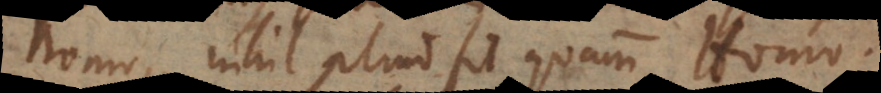
homo, nihil aliud fit quam Homo.